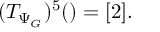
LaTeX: ( T _ { \Psi _ { G } } ) ^ { 5 } ( \underline { { { \O } } } ) = \underline { { { \O } } } [ 2 ] .